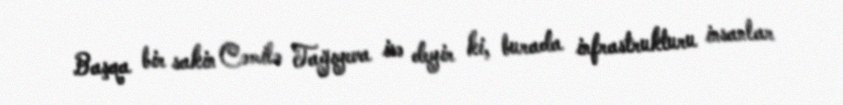
Başqa bir sakin Cəmilə Tağıyeva isə deyir ki, burada infrastrukturu insanlar